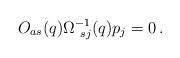
LaTeX: \begin{align*}O_{as}(q) \Omega^{-1}_{\ sj}(q)p_j = 0\,.\end{align*}